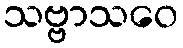
သဗ္ဗာသဝေ